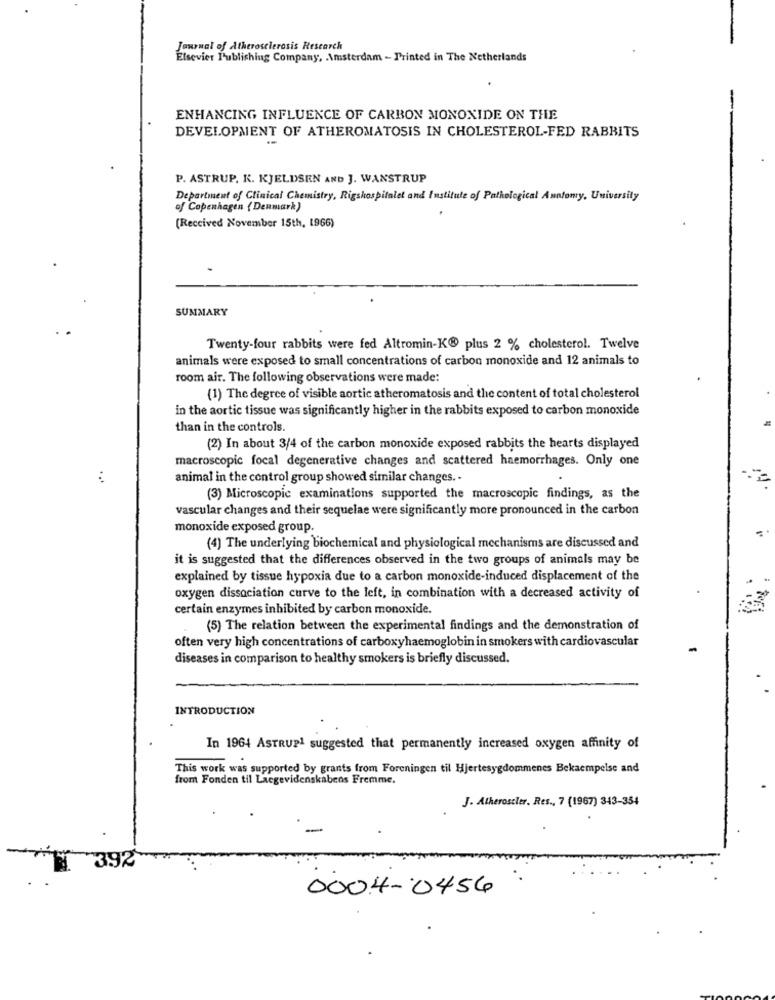
Journal of Atherosclerosis Research
Elsevier Publishing Company, Amsterdam - Printed in The Netherlands
ENHANCING INFLUENCE OF CARBON MONOXIDE ON THE
DEVELOPMENT OF ATHEROMATOSIS IN CHOLESTEROL-FED RABBITS
P. ASTRUP. K. KJELDSEN AND J. WANSTRUP
Department of Clinical Chemistry, Rigshospitalet and Institute of Pathological Anatomy, University
of Copenhagen {Denmark)
(Received November 15th, 1966)
SUMMARY
Twenty-four rabbits were fed Altromin-K@ plus 2 % cholesterol. Twelve
animals were exposed to small concentrations of carbon monoxide and 12 animals to
room air. The following observations were made:
(1) The degree of visible aortic atheromatosis and the content of total cholesterol
in the aortic tissue was significantly higher in the rabbits exposed to carbon monoxide
than in the controls.
(2) In about 3/4 of the carbon monoxide exposed rabbits the hearts displayed
macroscopic focal degenerative changes and scattered haemorrhages. Only one
...
animal in the control group showed similar changes. -
(3) Microscopic examinations supported the macroscopic findings, as the
vascular changes and their sequelae were significantly more pronounced in the carbon
monoxide exposed group.
-
(4) The underlying biochemical and physiological mechanisms are discussed and
it is suggested that the differences observed in the two groups of animals may be
explained by tissue hypoxia due to a carbon monoxide-induced displacement of the
oxygen dissociation curve to the left, in combination with a decreased activity of
certain enzymes inhibited by carbon monoxide.
(5) The relation between the experimental findings and the demonstration of
often very high concentrations of carboxyhaemoglobin in smokers with cardiovascular
diseases in comparison to healthy smokers is briefly discussed.
INTRODUCTION
In 1964 ASTRUPI suggested that permanently increased oxygen affinity of
This work was supported by grants from Foreningen til Hjertesygdommenes Bekaempelse and
from Fonden til Laegevidenskabens Fremme.
J. Atheroseler. Res ., 7 (1967) 343-354
392
0004-0456